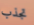
تجذب